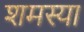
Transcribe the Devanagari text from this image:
शमस्या